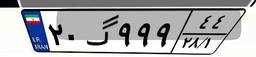
۲۰گ۹۹۹۴۴